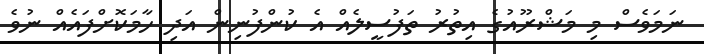
ނަމަވެސް މި މަޝްރޫއުގެ އިތުރު ތަފުސީލެއް އެ ކުންފުނިން އަދި ހާމަކޮށްފައެއް ނުވެ